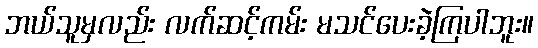
ဘယ်သူမှလည်း လက်ဆင့်ကမ်း မသင်ပေးခဲ့ကြပါဘူး။